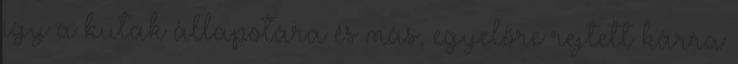
így a kutak állapotára és más, egyelőre rejtett kárra